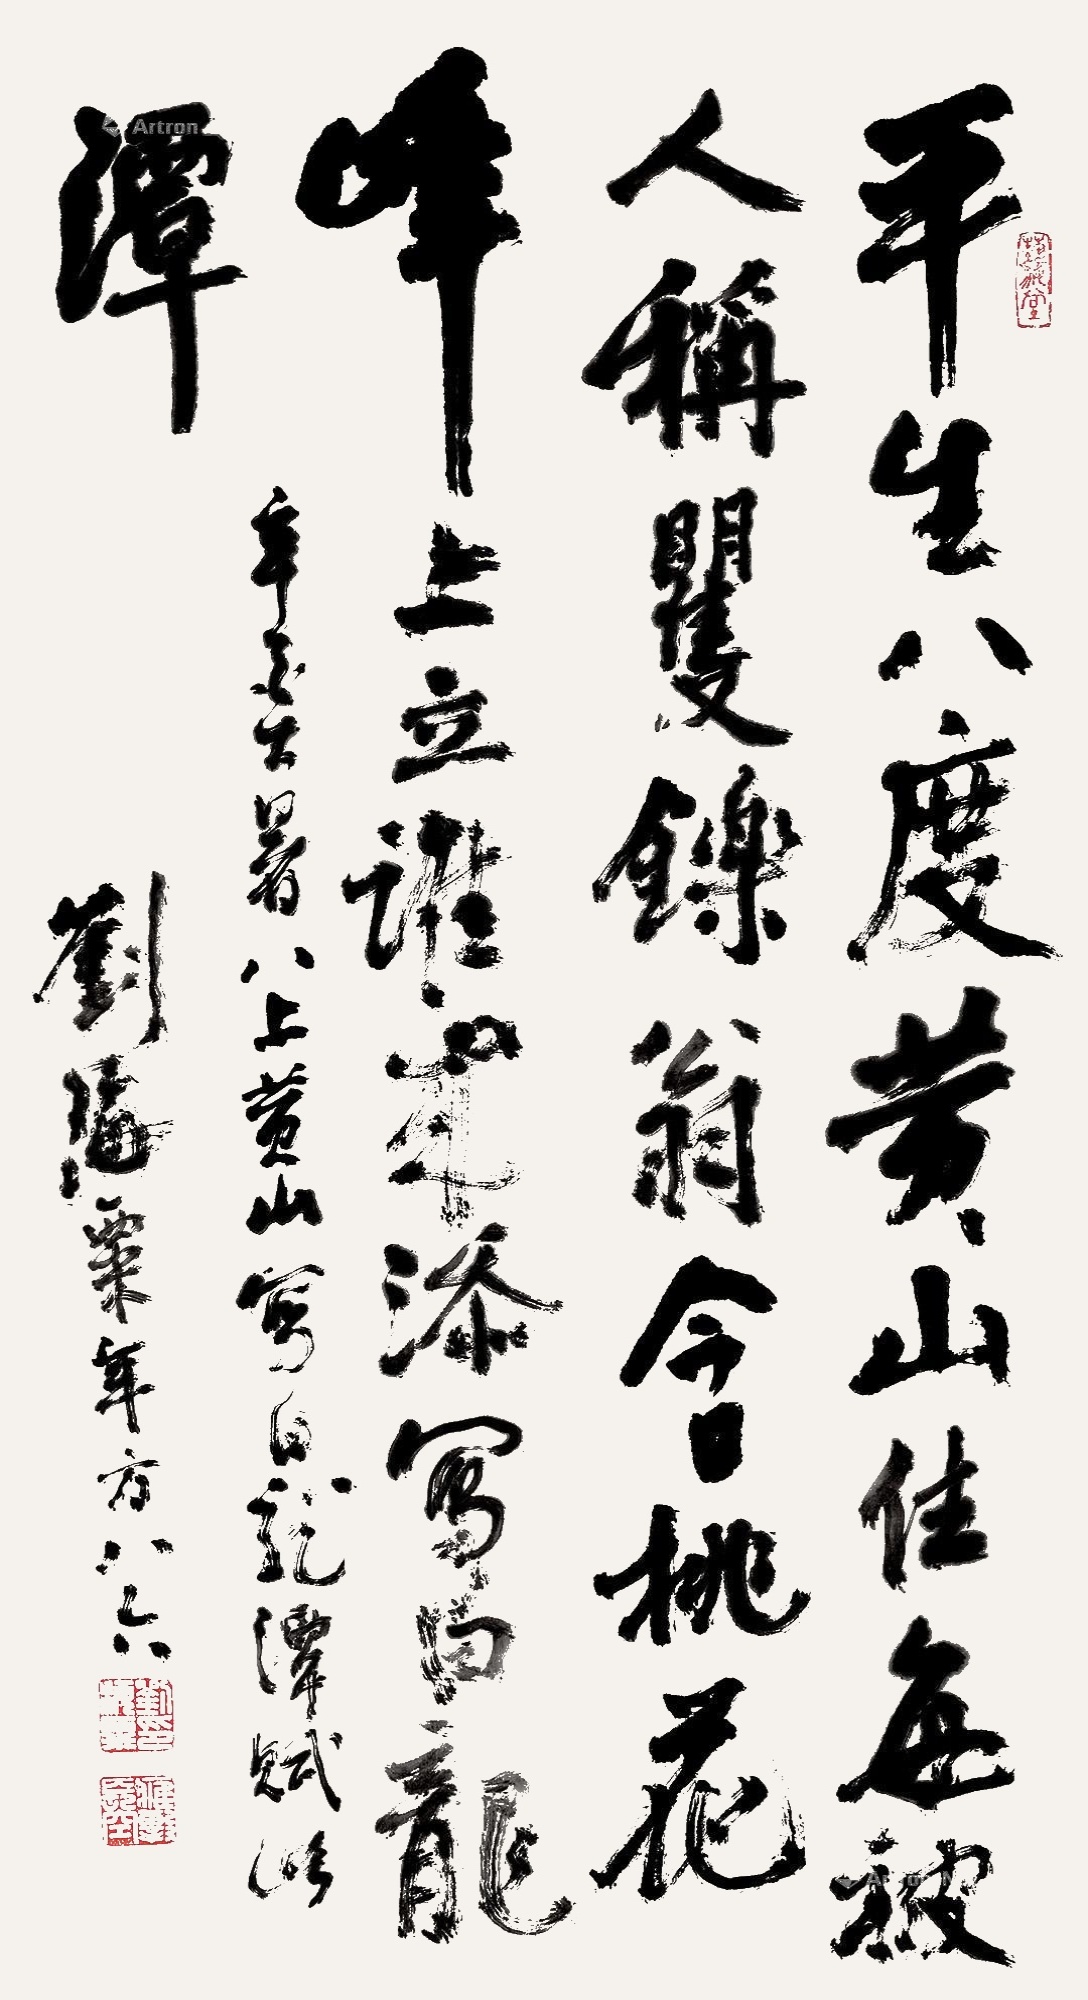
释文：平生八度黄山住，每被人称矍铄翁。今日桃花峰上立，谁来添写白龙潭。辛酉大暑，八上黄山，写白龙潭赋此，刘海粟年方八六。